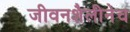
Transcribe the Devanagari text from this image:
जीवनशैलीनेच